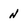
Character: n